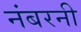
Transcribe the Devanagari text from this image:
नंबरनी